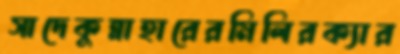
সাদেকুন্নাহারেরমিলিরক্যার